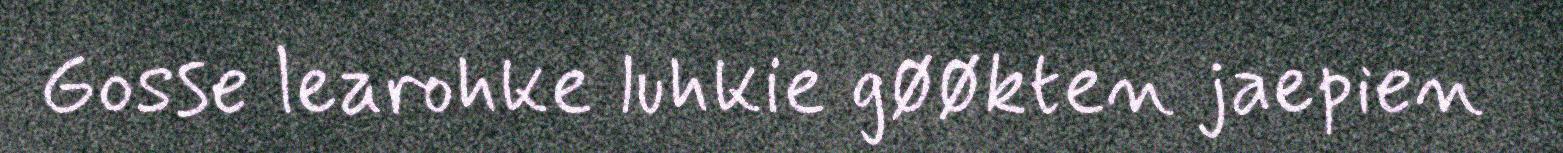
Gosse learohke luhkie gøøkten jaepien